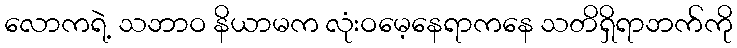
လောကရဲ့ သဘာဝ နိယာမက လုံးဝမေ့နေရာကနေ သတိရှိရာဘက်ကို